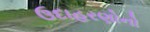
ઉદાહરણોનો